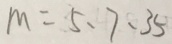
m = 5 、 7 、 3 5